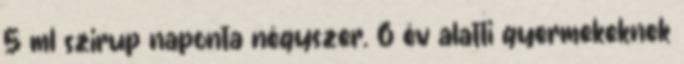
5 ml szirup naponta négyszer. 6 év alatti gyermekeknek